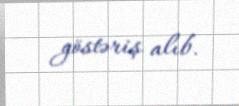
göstəriş alıb.